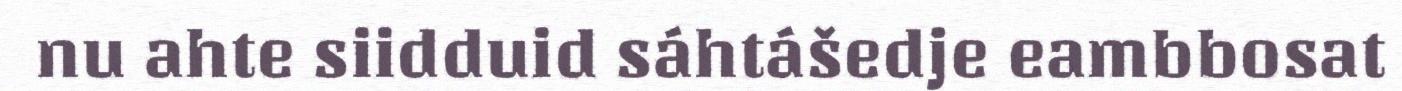
nu ahte siidduid sáhtášedje eambbosat